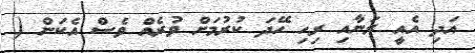
އަދި އެއީ ރަނާއި ރިހި ހޭދަ ކުރުމަށް ވުރެއް ވެސް އެކަން (